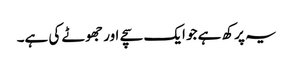
یہ پرکھ ہے جو ایک سچے اور جھوٹے کی ہے۔